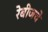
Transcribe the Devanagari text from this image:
रेबीजचे